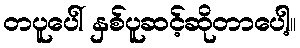
တပူပေါ် နှစ်ပူဆင့်ဆိုတာပေါ့။